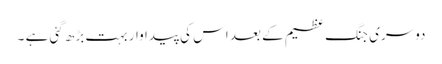
دوسری جنگ عظیم کے بعد اس کی پیدا وار بہت بڑھ گئی ہے ۔